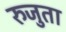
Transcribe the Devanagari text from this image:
रुजुता